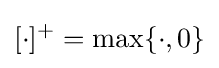
[\cdot ]^{+}=\max\{\cdot ,0\}